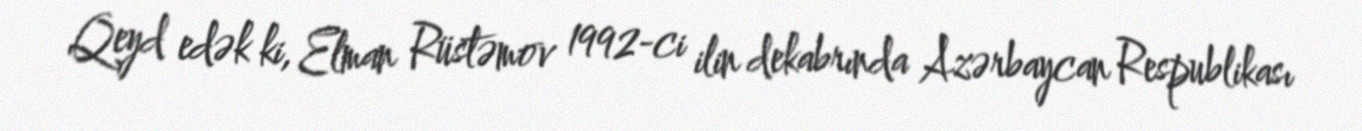
Qeyd edək ki, Elman Rüstəmov 1992-ci ilin dekabrında Azərbaycan Respublikası